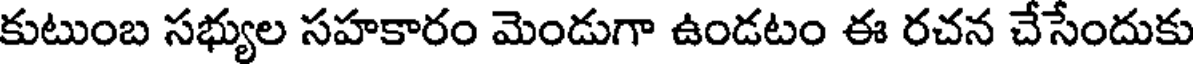
కుటుంబ సభ్యుల సహకారం మెండుగా ఉండటం ఈ రచన చేసేందుకు